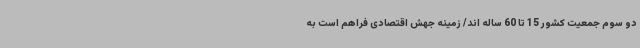
دو سوم جمعیت کشور 15 تا 60 ساله اند/ زمینه جهش اقتصادی فراهم است به